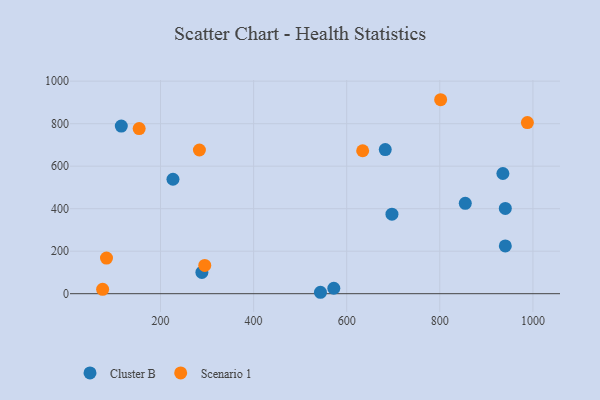
{"axis": {"x": "Engine Size", "y": "Profit"}, "legend": ["Cluster B", "Scenario 1"], "data": [{"x": "226.8", "y": 538.4, "type": "Cluster B"}, {"x": "940.7", "y": 225.0, "type": "Cluster B"}, {"x": "543.6", "y": 6.7, "type": "Cluster B"}, {"x": "940.7", "y": 401.3, "type": "Cluster B"}, {"x": "682.8", "y": 678.3, "type": "Cluster B"}, {"x": "854.7", "y": 425.3, "type": "Cluster B"}, {"x": "935.5", "y": 565.5, "type": "Cluster B"}, {"x": "288.9", "y": 100.3, "type": "Cluster B"}, {"x": "572.3", "y": 25.7, "type": "Cluster B"}, {"x": "697.2", "y": 374.4, "type": "Cluster B"}, {"x": "115.8", "y": 788.9, "type": "Cluster B"}, {"x": "154.2", "y": 777.1, "type": "Scenario 1"}, {"x": "988.1", "y": 805.0, "type": "Scenario 1"}, {"x": "801.8", "y": 912.7, "type": "Scenario 1"}, {"x": "634.3", "y": 672.6, "type": "Scenario 1"}, {"x": "75.7", "y": 20.7, "type": "Scenario 1"}, {"x": "283.6", "y": 676.1, "type": "Scenario 1"}, {"x": "84.0", "y": 167.7, "type": "Scenario 1"}, {"x": "295.1", "y": 132.9, "type": "Scenario 1"}]}